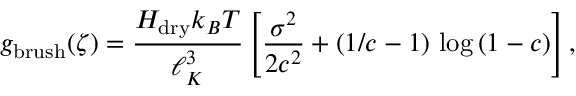
g _ { \mathrm { b r u s h } } ( \zeta ) = \frac { H _ { \mathrm { d r y } } k _ { B } T } { \ell _ { K } ^ { 3 } } \left[ \frac { \sigma ^ { 2 } } { 2 c ^ { 2 } } + ( 1 / c - 1 ) \, \log \left( 1 - c \right) \right] ,